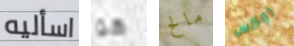
اسأليه هو مالح روكس